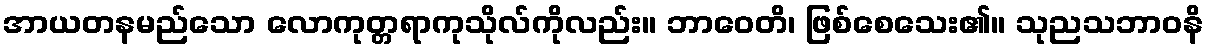
အာယတနမည်သော လောကုတ္တရာကုသိုလ်ကိုလည်း။ ဘာဝေတိ၊ ဖြစ်စေသေး၏။ သုညသဘာဝနိ